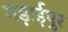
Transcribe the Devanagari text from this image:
गड़ाईपुर